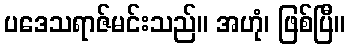
ပဒေသရာဇ်မင်းသည်။ အဟုံ၊ ဖြစ်ပြီ။